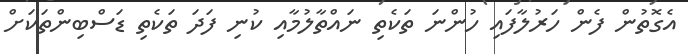
އެގޮތުން ފެން ހަރުލާފައި ހުންނަ ތަކެތި ނައްތާލުމާއި ކުނި ފަދަ ތަކެތި ޑަސްބިންތަކަށް